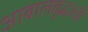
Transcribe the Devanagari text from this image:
आबालवृद्धांची